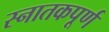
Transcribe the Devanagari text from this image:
स्नातकपूर्ण